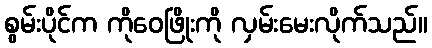
စွမ်းပိုင်က ကိုဝေဖြိုးကို လှမ်းမေးလိုက်သည်။